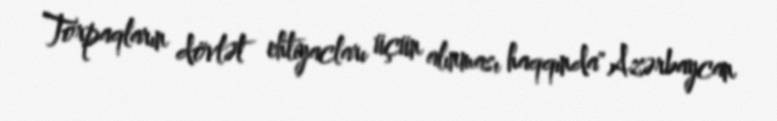
Torpaqların dövlət ehtiyacları üçün alınması haqqında" Azərbaycan